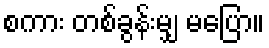
စကား တစ်ခွန်းမျှ မပြော။